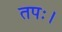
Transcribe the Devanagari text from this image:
तपः।